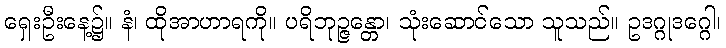
ရှေးဦးနေ့၌။ နံ၊ ထိုအာဟာရကို။ ပရိဘုဉ္ဇန္တော၊ သုံးဆောင်သော သူသည်။ ဥဒဂ္ဂုဒဂ္ဂေါ၊